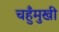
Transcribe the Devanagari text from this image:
चहुँमुखी